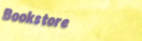
Bookstore